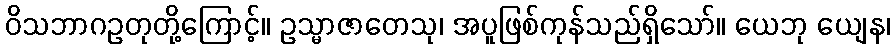
ဝိသဘာဂဥတုတို့ကြောင့်။ ဥသ္မာဇာတေသု၊ အပူဖြစ်ကုန်သည်ရှိသော်။ ယေဘု ယျေန၊